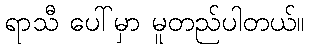
ရာသီ ပေါ်မှာ မူတည်ပါတယ်။